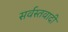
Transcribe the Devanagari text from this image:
सर्वस्तवादी